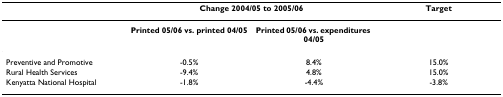
<table><thead><tr><td></td><td colspan="2"><b>Change 2004/05 to 2005/06</b></td><td><b>Target</b></td></tr></thead><tbody><tr><td></td><td><b>Printed 05/06 vs. printed 04/05</b></td><td><b>Printed 05/06 vs. expenditures 04/05</b></td><td></td></tr><tr><td>Preventive and Promotive</td><td>-0.5%</td><td>8.4%</td><td>15.0%</td></tr><tr><td>Rural Health Services</td><td>-9.4%</td><td>4.8%</td><td>15.0%</td></tr><tr><td>Kenyatta National Hospital</td><td>-1.8%</td><td>-4.4%</td><td>-3.8%</td></tr></tbody></table>